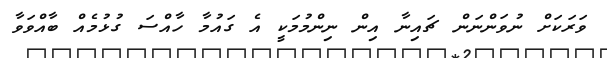
ވަރަކަށް ނުވަންނަން ޗައިނާ އިން ނިންމުމަކީ އެ ގައުމާ ހާއްސަ ގުޅުމެއް ބާއްވަވާ